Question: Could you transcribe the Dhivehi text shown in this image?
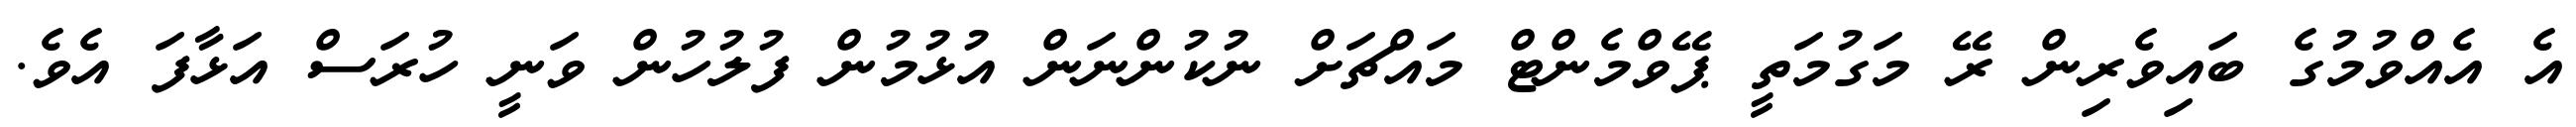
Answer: އެ އެއްވުމުގެ ބައިވެރިން ރޭ މަގުމަތީ ޕޭވްމެންޓް މައްޗަށް ނުކުންނަން އުޅުމުން ފުލުހުން ވަނީ ހުރަސް އަޅާފަ އެވެ.